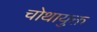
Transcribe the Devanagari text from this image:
चोथायुक्त